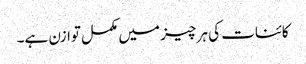
کائنات کی ہر چیز میں مکمل توازن ہے۔